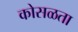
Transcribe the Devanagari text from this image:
कोसळता